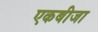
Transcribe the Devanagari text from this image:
एकबीजा